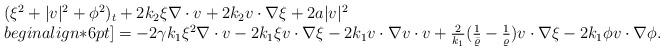
LaTeX: \begin{align*}\begin{array}{ll}(\xi^2 + |v|^2 + \phi^2)_t + 2k_2\xi\nabla\cdot v + 2k_2 v\cdot\nabla\xi + 2a |v|^2 \\begin{align*}6pt]= -2 \gamma k_1\xi^2\nabla\cdot v - 2 k_1 \xi v\cdot\nabla \xi - 2k_1 v\cdot\nabla v\cdot v+ \frac{2}{k_1} (\frac{1}{\bar{\varrho}}- \frac{1}{\varrho})v\cdot\nabla\xi -2 k_1\phi v\cdot\nabla\phi.\end{array}\end{align*}